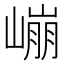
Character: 𰎱